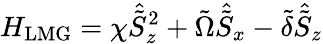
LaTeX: H_{\mathrm{LMG}}=\chi\hat{\tilde{S}}_{z}^{2}+\tilde{\Omega}\hat{\tilde{S}}_{x}-\tilde{\delta}\hat{\tilde{S}}_{z}